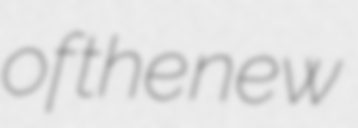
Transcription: of the new